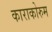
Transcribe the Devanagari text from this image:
काराकोरुम